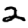
Digit: 2